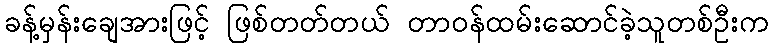
ခန့်မှန်းချေအားဖြင့် ဖြစ်တတ်တယ် တာဝန်ထမ်းဆောင်ခဲ့သူတစ်ဦးက